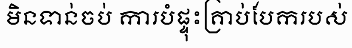
មិនទាន់ចប់ ការបំផ្ទុះគ្រាប់បែករបស់